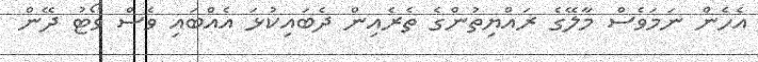
އެހެން ނަމަވެސް މާލޭގެ ރައްޔިތުންގެ ތެރެއިން ދެބައިކުޅަ އެއްބައި ވެސް ވޯޓު ދޭން